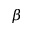
\beta